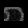
Digit: ၈